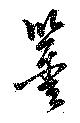
鑑